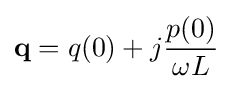
\mathbf {q} =q(0)+j{\frac {p(0)}{\omega L}}\